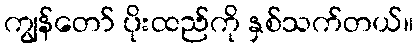
ကျွန်တော် ပိုးထည်ကို နှစ်သက်တယ်။